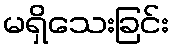
မရှိသေးခြင်း